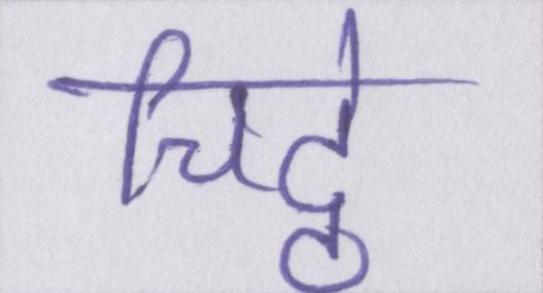
चिट्ठे